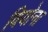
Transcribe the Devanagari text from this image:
वियोना